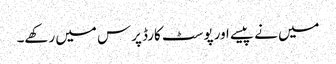
میں نے پیسے اور پوسٹ کارڈ پرس میں رکھے۔